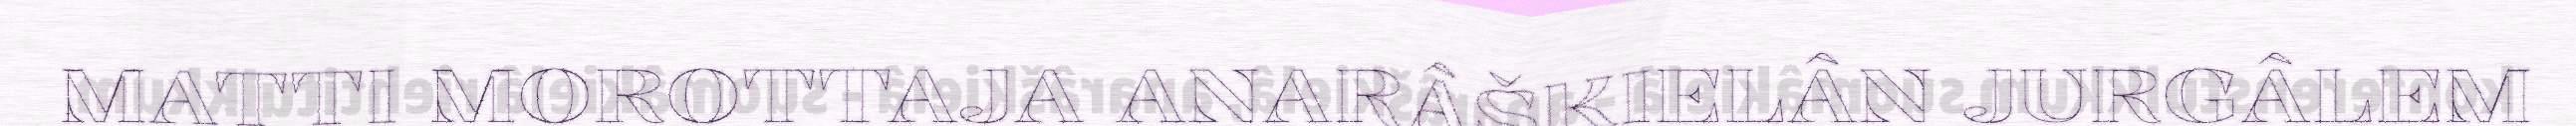
MATTI MOROTTAJA ANARÂŠKIELÂN JURGÂLEM